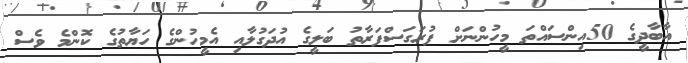
އާބާދީގެ 50އިންސައްތަ މީހުންނަށް ފުރަގަސްފަރާތު ބަލީގެ އުދަގުލާއި އެމީހުންގެ ހަޔާތުގެ ކޮންމެ ވެސް